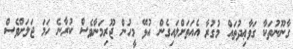
ގާނޫނުތަކާ ގަވާޢިދުތައް މުގުރާ އެއަތަށްލައިގެން އުޅޭ މީހުން ޖޫރިމަނާވެސް ކުރާނެ ހަމަ ޖަލަށްވެސް